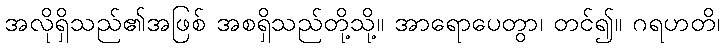
အလိုရှိသည်၏အဖြစ် အစရှိသည်တို့သို့။ အာရောပေတွာ၊ တင်၍။ ဂရဟတိ၊